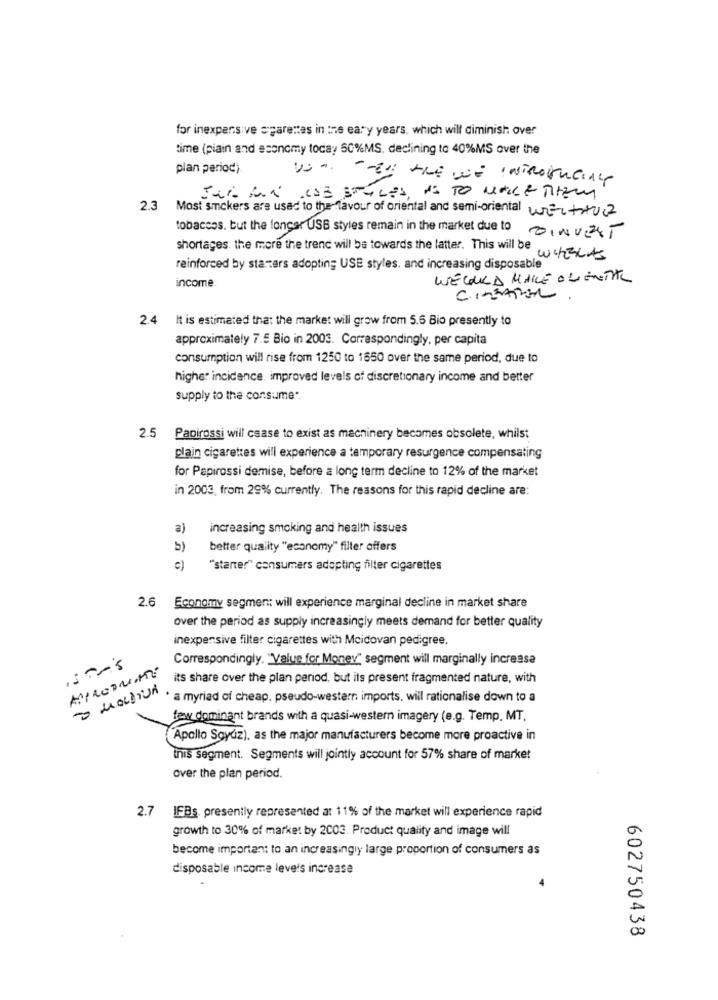
for inexpensive sparentes in the early years. which will diminish over
time (piain and economy today 50%MS, declining to 40%MS over the
plan period)
US- -- By the we INTRornaing
SUL AN DOB STYLES, MI TO MALE THEM
2.3
Most smokers are used to the- favour of oriental and semi-oriental WertHurz
tobaccos. but the longer USB styles remain in the market due to OINVEST
shortages. the more the trenc will be towards the latter. This will be WithLAS
reinforced by starters adopting USE styles. and increasing disposable
WEGUILD MAKE OVERTIL
income.
CinTARon
2.4 It is estimated that the market will grow from 5.6 Bio presently to
approximately 7.5 Bio in 2003. Correspondingly, per capita
consumption will rise from 1250 to 1650 over the same period, due to
higher incidence, improved levels of discretionary income and better
supply to the consume".
2.5 Papirossi will csase to exist as machinery becomes obsolete, whilst
plain cigarettes will experience a temporary resurgence compensating
for Papirossi demise, before a long term decline to 12% of the market
in 2003, from 29% currently. The reasons for this rapid decline are:
a)
increasing smoking and health issues
b)
better quality "economy" filter offers
c)
"starter" consumers adopting filter cigarettes
2.6 Economy segmen: will experience marginal decline in market share
over the period as supply increasingly meets demand for better quality
inexpensive filter cigarettes with Moidovan pedigree.
IST-'s
Correspondingly. "Value for Money" segment will marginally increase
MIRODUINTE
its share over the plan period, but its present fragmented nature, with
O MOLDIUn
· a myriad of cheap. pseudo-western: imports, will rationalise down to a
few dominant brands with a quasi-western imagery (e.g. Temp. MT.
"Apollo Soyuz), as the major manufacturers become more proactive in
this segment. Segments will jointly account for 57% share of market
over the plan period.
2.7 IFBs. presently represented a: 11% of the market will experience rapid
growth to 30% of market by 2003. Product quality and image will
become important to an increasingly large proportion of consumers as
disposable income levels increase
602750438